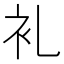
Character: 𮕤